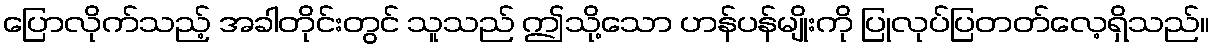
ပြောလိုက်သည့် အခါတိုင်းတွင် သူသည် ဤသို့သော ဟန်ပန်မျိုးကို ပြုလုပ်ပြတတ်လေ့ရှိသည်။